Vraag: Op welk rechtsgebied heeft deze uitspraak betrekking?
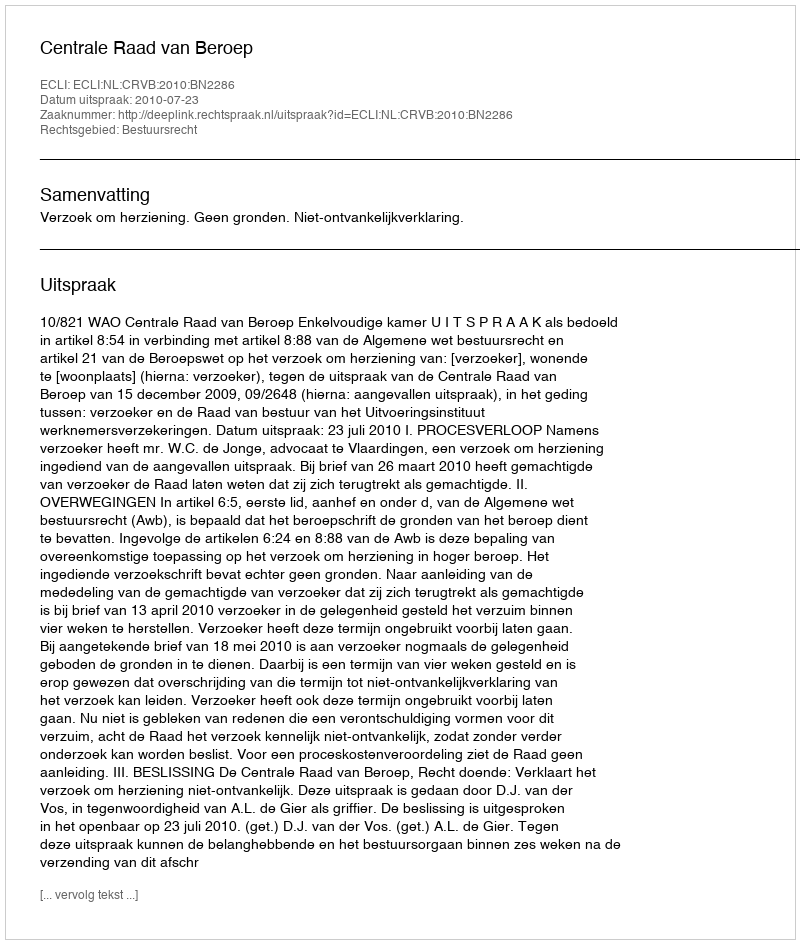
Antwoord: Bestuursrecht